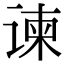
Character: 谏